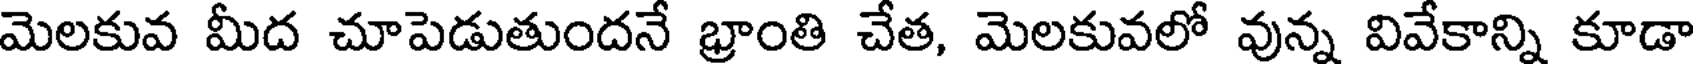
మెలకువ మీద చూపెడుతుందనే భ్రాంతి చేత, మెలకువలో వున్న వివేకాన్ని కూడా